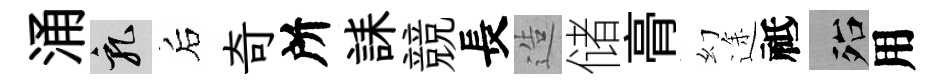
涌乳后奇所誄競長造储𮌔幻途祗殆用